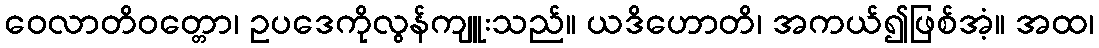
ဝေလာတိဝတ္တော၊ ဥပဒေကိုလွန်ကျူးသည်။ ယဒိဟောတိ၊ အကယ်၍ဖြစ်အံ့။ အထ၊